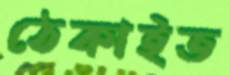
ঠেকাইত